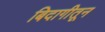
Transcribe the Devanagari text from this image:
बिदागीतून